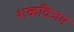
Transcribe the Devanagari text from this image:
शकविजय